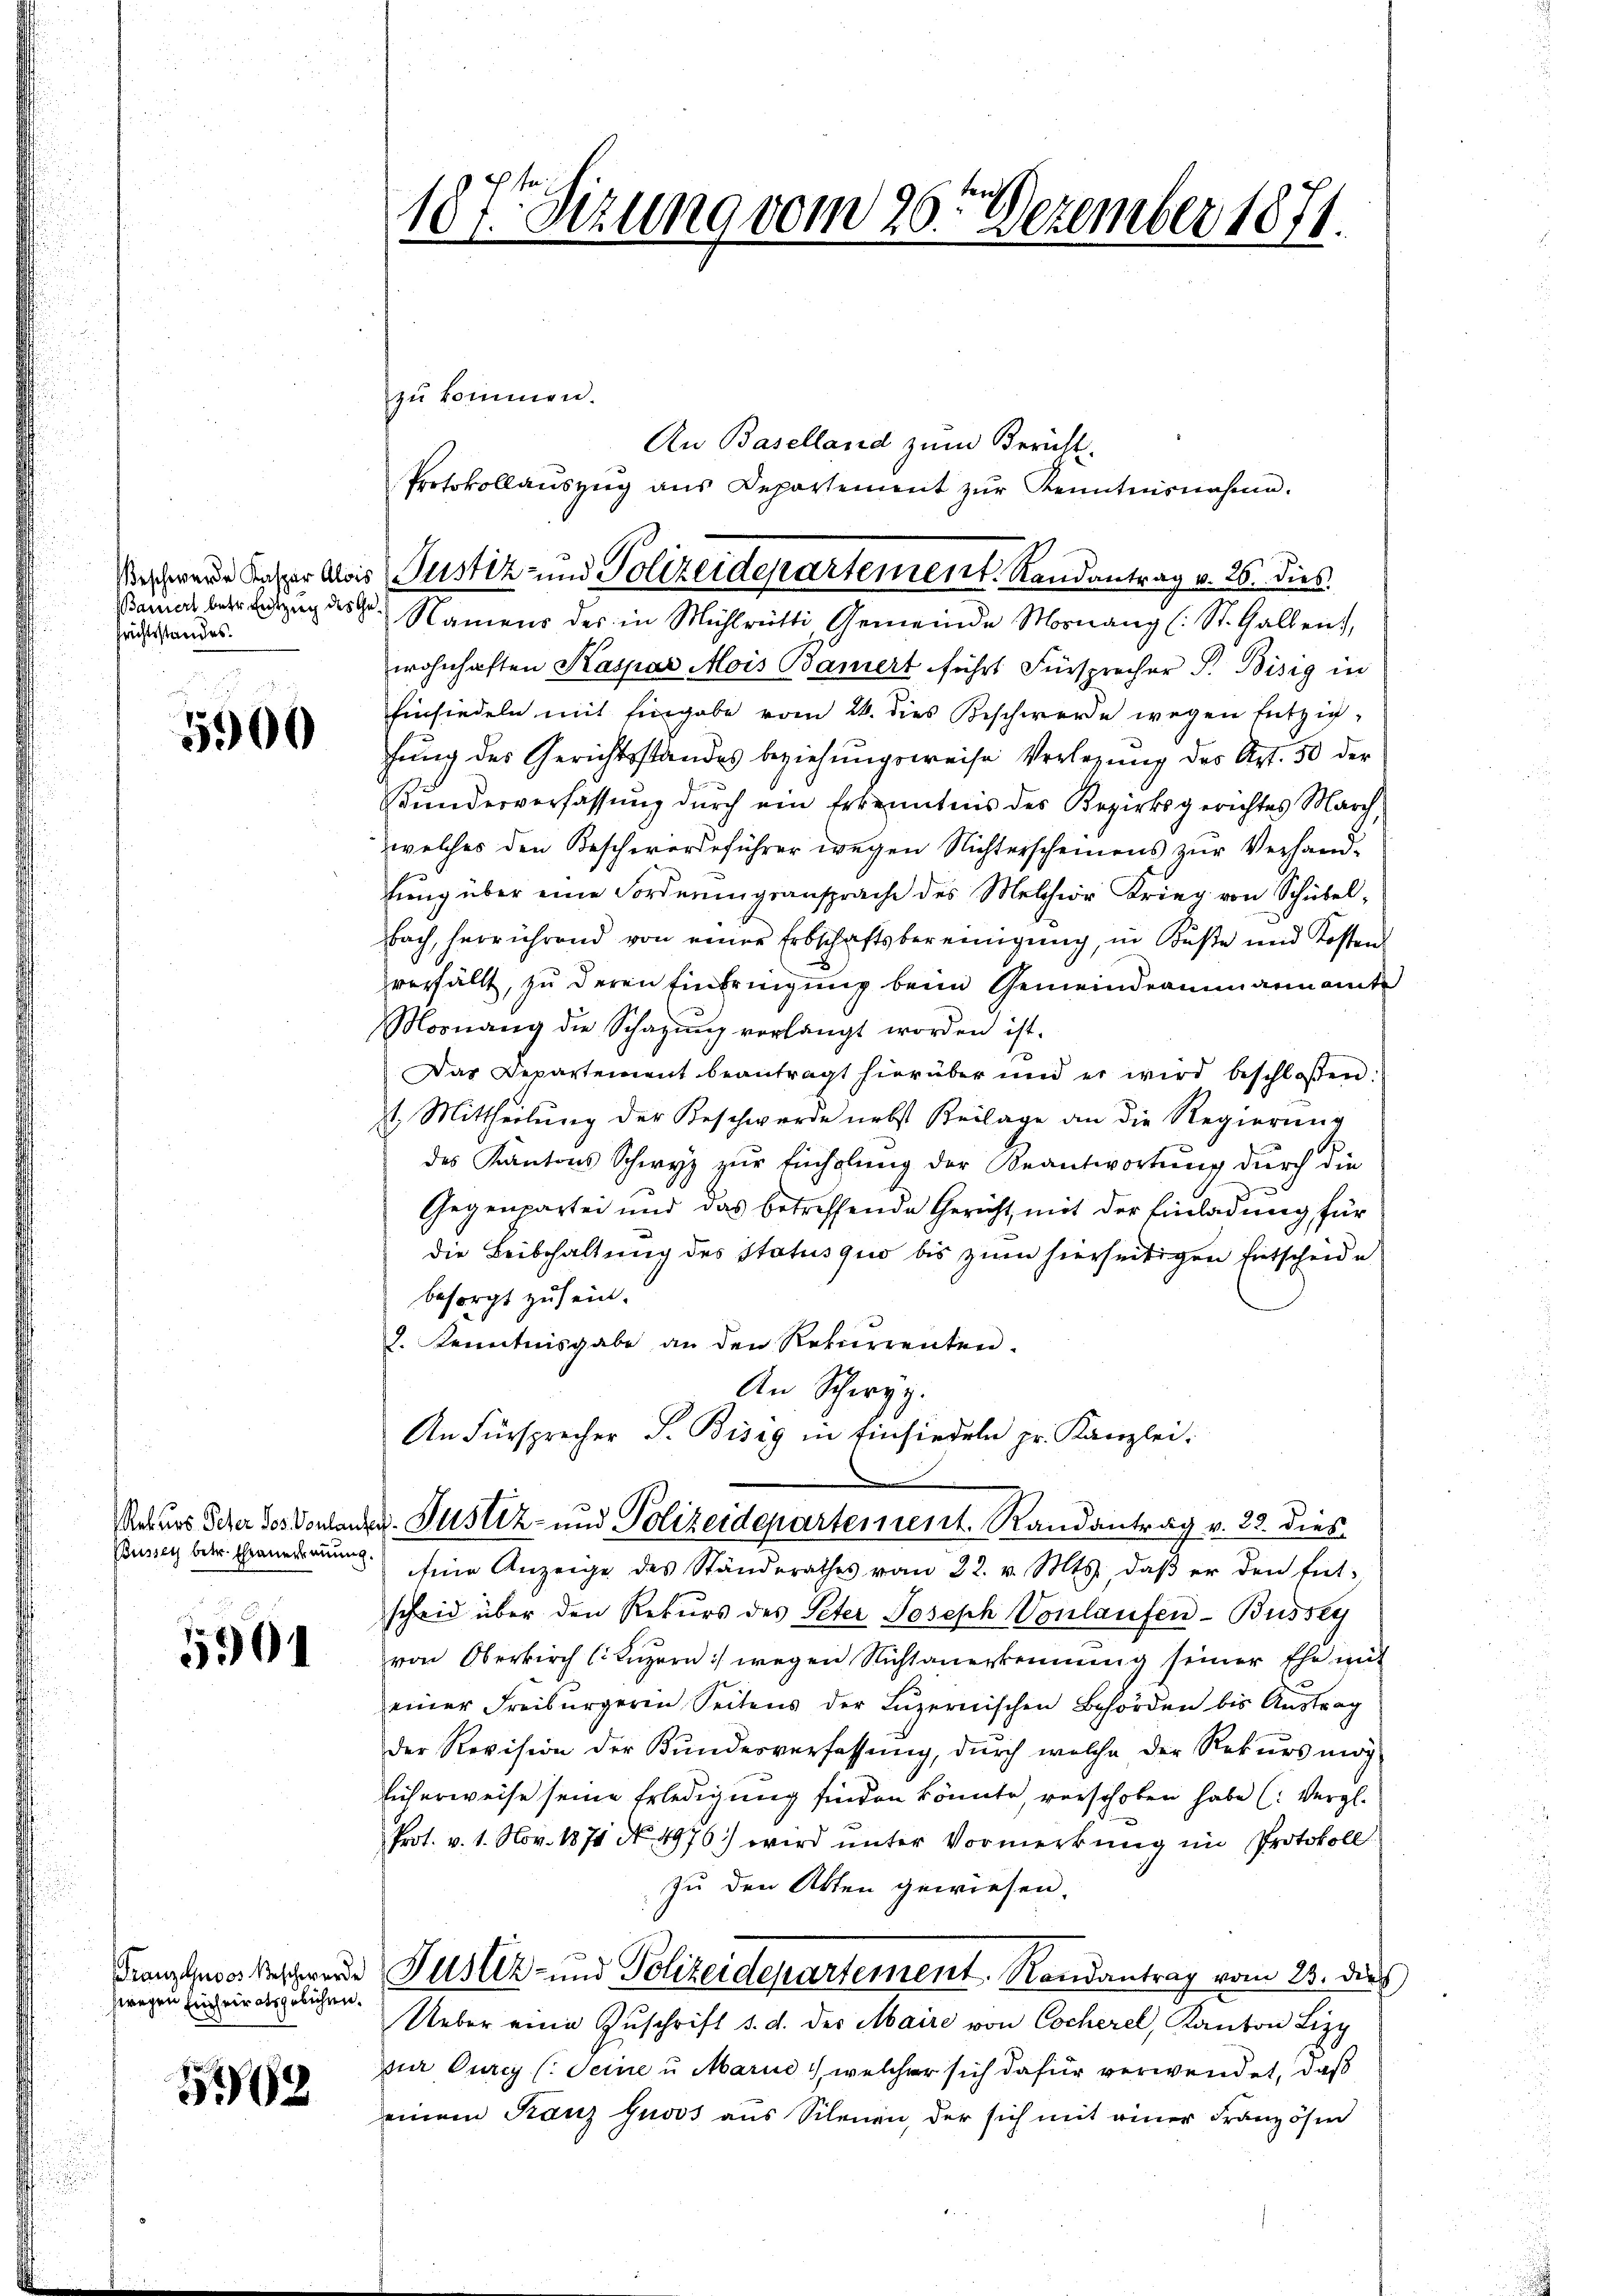
eschwerde Kaspar Alois
Bamiert betr. Entzug des Gefrichtsstandes.

5900

Rekurs Peter Jos. Vorlange
Busser betr. Trauerauung

5901

zwegen Einheiratsgebühren.

568

187. Sizung vom 26. Dezember 1871.

zŭ kommen.
An Baselland zum Bericht.
Protokollauszug aus Departement zŭr Kenntnisnahme.
. Namens des in Mühlrütti Gemeinde Mosnang (: St. Gallen,
wohnhaften Kaspar Mois Bamiert führt Fürsprecher P. Bisig in
Einsiedeln mit Eingabe vom 24. dies Beschwerde wegen Entziefung des Gerichtsstandes beziehungsweise Verlegung des Art. 50 der
Bŭndesverfassŭng dŭrch ein Erkenntnis des Bezirksgerichtes March,
welches den Beschwerdeführer wegen Nichterscheinens zur Verhandhung über eine Forderungsansprache des Melchior Krieg von Schübelbach, herrührend von einer Erbschaftsbereinigung, in Buße und Kosten
verfällt, zu deren Einbringung beim Gemeindeammannamte
Mosnang die Schatzŭng verlangt worden ist.
Das Departement beantragt hierüber und er wird beschloßen:
t. Mittheilung der Beschwerde nebst Beilage an die Regierung
des Kantons Schwyz zŭr Einholŭng der Beantwortung durch die
Gegenpartei und das betreffende Gericht mit der Einladung für
die Beibehaltung des Status quo bis zum hierseitigen Entscheide
besorgt zu sein.
2. Kenntnisgabe an den Rekurrenten.
An Schwyz.
An Fürsprecher S. Bisig in Einsiedeln pr. Kanzlei.
u. Justiz- und Polizeidepartement. Randantrag v. 23. dies
 eine Anzeige des Ständerathes vom 22. v. Mts., daβ er den Ent-
scheid über den Rekurs des Peter Joseph Vonlaufen - Busszy
von Oberkirch (Luzern :/ wegen Nichtanerkennung seiner Ehe mit
einer Freiburgerin Seitens der Lŭzernischen Behörden bis Aŭstrag
der Revision der Kundesverfassŭng, dŭrch welche der Rekurs mög
Eicherweise seine Erledigung finden könnte, verschoben habe (: Vergl.
Prot. v. 1. Nov. 1871 No 4976.) wird ŭnter Vormerkung im Protokoll
zu den Akten gewiesen.
Franzuser Beschwerde Justiz- und Polizeidepartement. Randantrag vom 23. dies
Ueber eine Zŭschrift d. d. der Maire von Cocherel, Kanton Liz
zur Durch (Seine u Marie, welcher sich dafür verwendet, daß
einem Kanz guoos aus Scheuen, der sich mit einer Französen

Justiz- und Polizeidepartement. Randantrag v. 26. dies